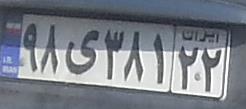
۹۸ی۳۸۱۲۲